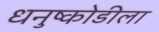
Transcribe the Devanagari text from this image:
धनुष्कोडीला